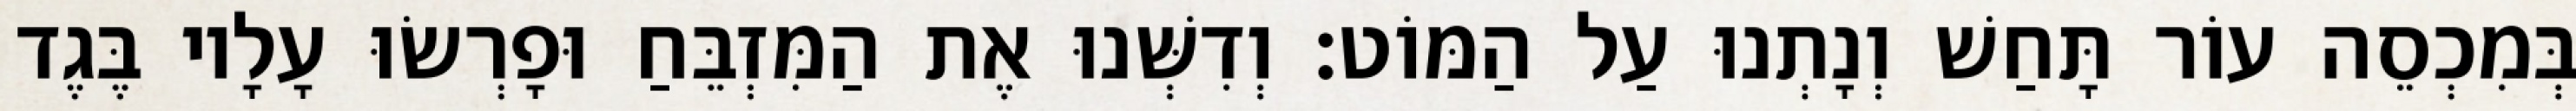
בְּמִכְסֵה עוֹר תָּחַשׁ וְנָתְנוּ עַל הַמּוֹט׃ וְדִשְּׁנוּ אֶת הַמִּזְבֵּחַ וּפָרְשׂוּ עָלָיו בֶּגֶד